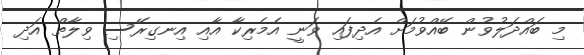
މި ބައްދަލުވުން ބޭއްވުމަށް އެދިފައި ވަނީ އެމެރިކާ އާއި އިނގިރޭސި ވިލާތް އަދި